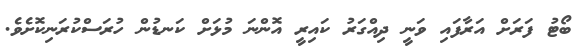
ބޯޓު ފަރަށް އަރާފައި ވަނީ ދިއްގަރު ކައިރީ އޮންނަ މުޅަށް ކަނޑުން ހުރަސްކުރަނިކޮށެވެ.